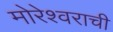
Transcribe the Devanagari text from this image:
मोरेश्वराची